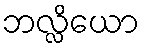
ဘလ္လိယော